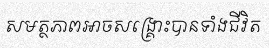
សមត្ថភាពអាចសង្គ្រោះបានទាំងជីវិត